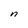
Character: n